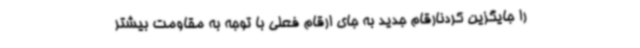
را جایگزین کردنارقام جدید به جای ارقام فعلی با توجه به مقاومت بیشتر